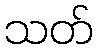
သတ်